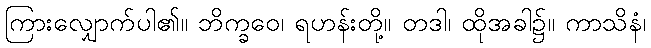
ကြားလျှောက်ပါ၏။ ဘိက္ခဝေ၊ ရဟန်းတို့။ တဒါ၊ ထိုအခါ၌။ ကာသိနံ၊